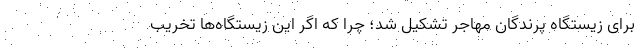
برای زیستگاه پرندگان مهاجر تشکیل شد؛ چرا که اگر این زیستگاه‌ها تخریب